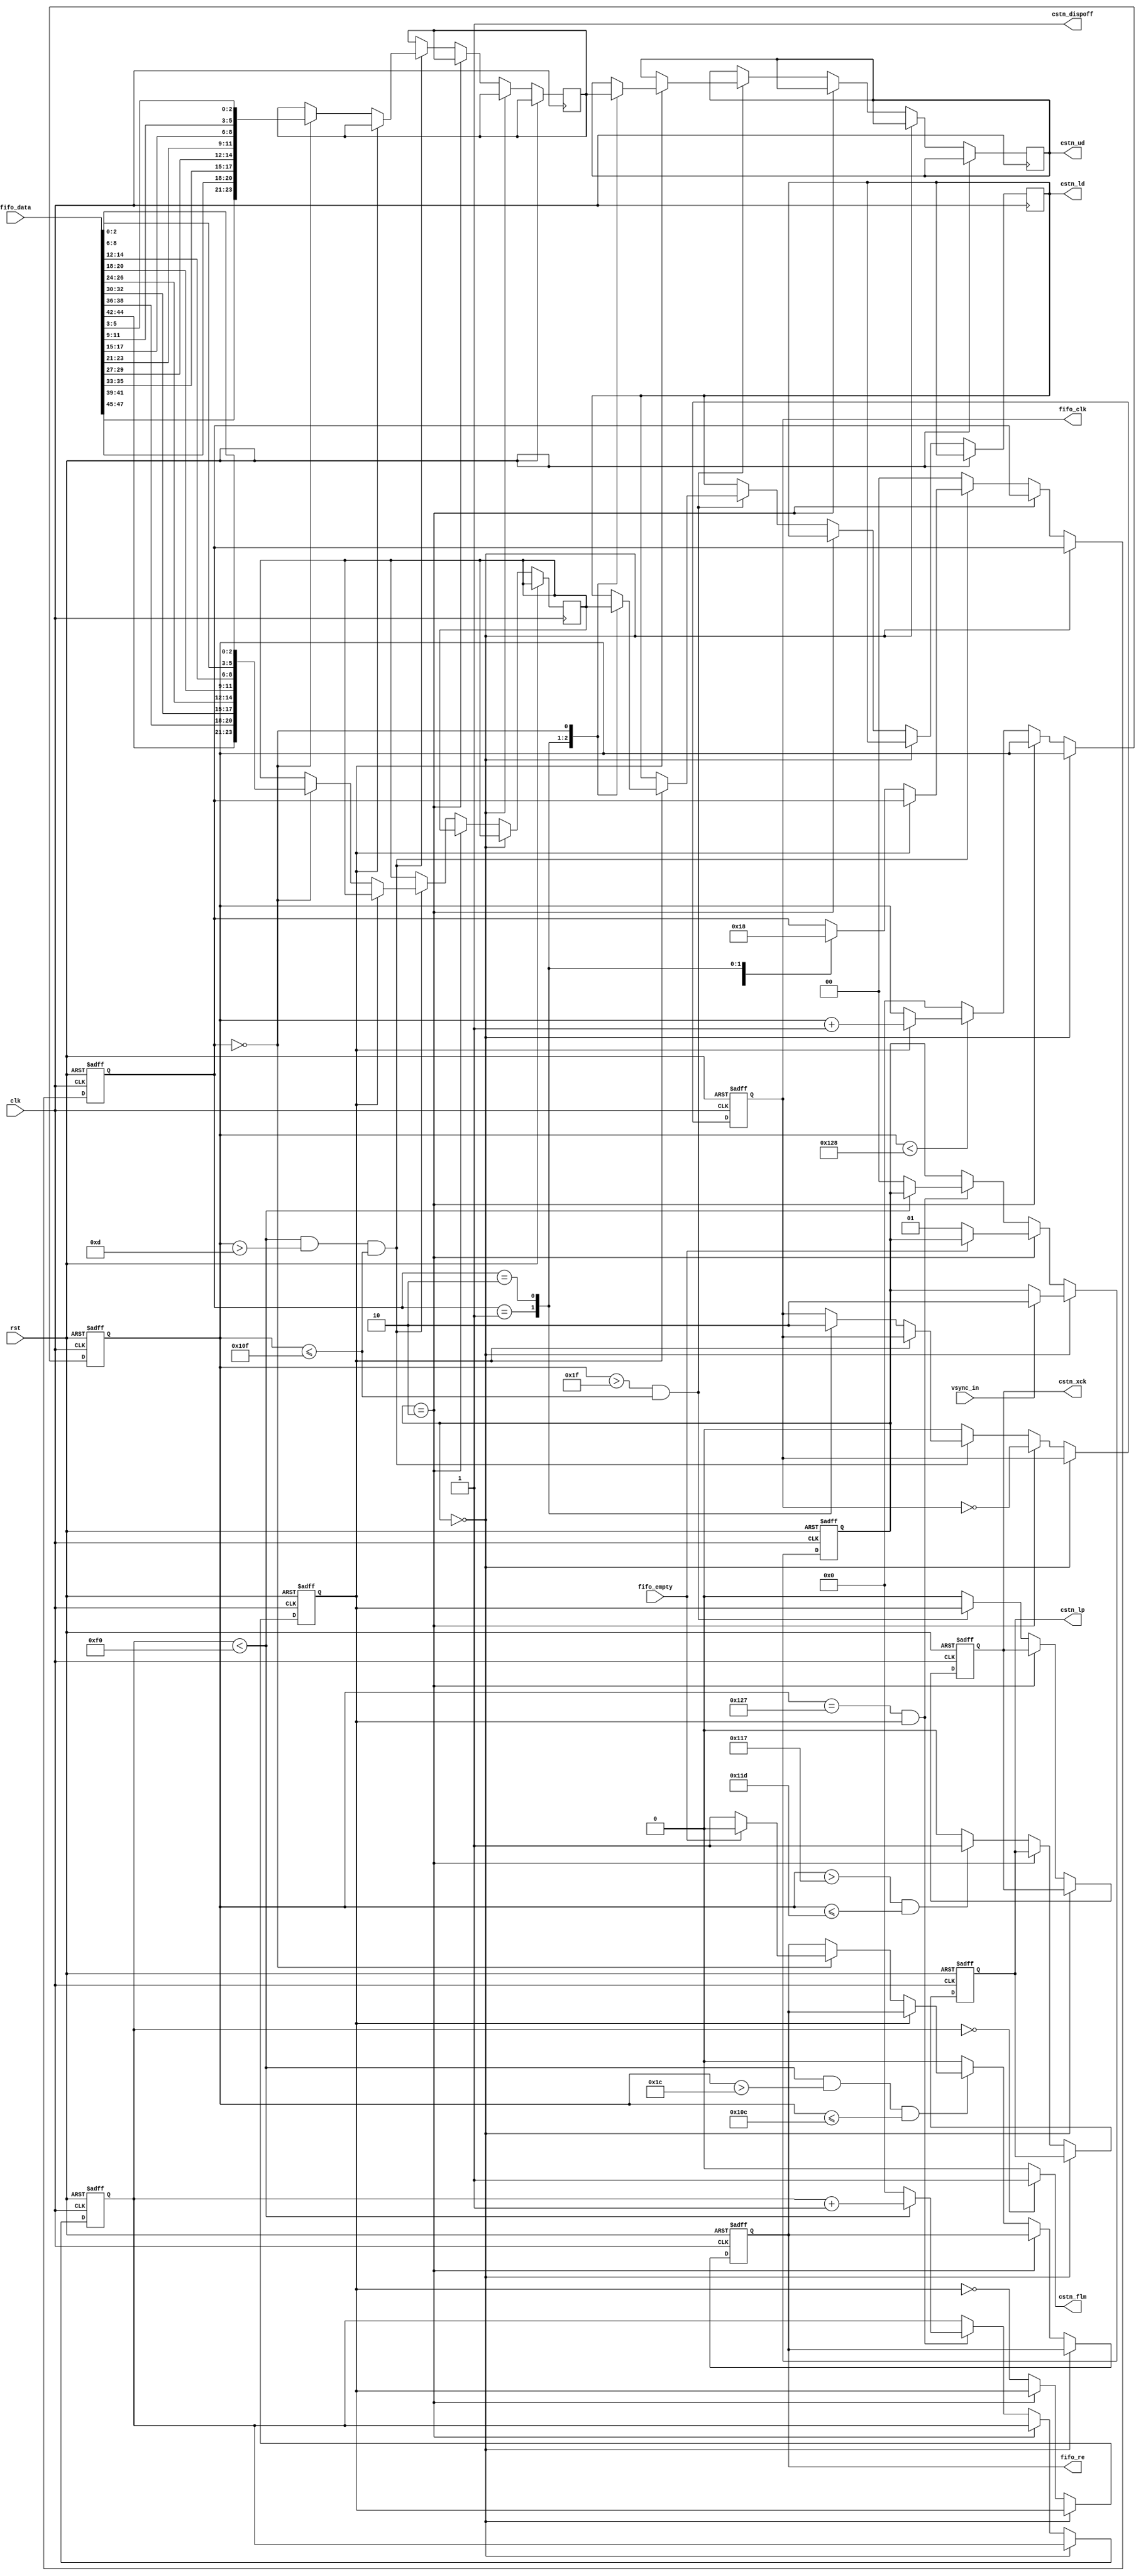
`timescale 1ns / 1ps
//////////////////////////////////////////////////////////////////////////////////
// Company: 
// Engineer: 
// 
// Design Name: 
// Module Name:    lcdc 
// Project Name: 
// Target Devices: 
// Tool versions: 
// Description: 
//
// Dependencies: 
//
// Revision: 
// Revision 0.01 - File Created
// Additional Comments: 
//
//////////////////////////////////////////////////////////////////////////////////
module lcdc(
    input clk,
    input rst,
    output cstn_xck,
    output cstn_flm,
    output cstn_lp,
    output cstn_dispoff,
    output [7:0] cstn_ud,
    output [7:0] cstn_ld,
    output reg fifo_clk,
    input [47:0] fifo_data,
    output reg fifo_re,
    input fifo_empty,
    input vsync_in
    );

    //Horizontal
    parameter H_FRONT   = 31; // Front porch
    parameter H_BACK    = 8;  // Back porch
    parameter H_LP      = 6;  // LP Pulse width
    parameter H_WAIT    = 11; // BP after pulse
    parameter H_ACT     = 240;// Active pixels in clks
    parameter H_TOTAL   = H_FRONT + H_BACK + H_LP + H_WAIT + H_ACT;

    //Vertical
    parameter V_ACT     = 240; // Active lines
    parameter V_BACK    = 1;   // Back porch
    parameter V_TOTAL   = V_ACT + V_BACK;
    
    reg [10:0] h_count;
    reg [10:0] v_count;
    
    wire flm;
    reg lp;
    reg xck;
    reg iclk;
    reg [1:0] div3;
    reg [7:0] ud;
    reg [7:0] ld;
    
    reg [23:0] upper_buffer;
    reg [23:0] lower_buffer;
    
    wire [23:0] fifo_upper_data = {fifo_data[47:45], fifo_data[41:39], fifo_data[35:33], fifo_data[29:27], 
        fifo_data[23:21], fifo_data[17:15], fifo_data[11:9], fifo_data[5:3]};
    wire [23:0] fifo_lower_data = {fifo_data[44:42], fifo_data[38:36], fifo_data[32:30], fifo_data[26:24], 
        fifo_data[20:18], fifo_data[14:12], fifo_data[8:6], fifo_data[2:0]};
    reg [1:0] state; // S0 - idle, wait for sync; S1 - refreshing; S2 - wait for FIFO
    
    assign flm = (v_count == 11'b0) ? 1'b1 : 1'b0;
    
    always @(posedge clk or posedge rst)
    begin
        if(rst)
        begin
            h_count <= 0;
            lp <= 0;
            xck <= 0;
            iclk <= 0;
            v_count <= 0;
            div3 <= 0;
            fifo_clk <= 1'b0;
            fifo_re <= 1'b0;
            state <= 0;
        end
        else
        begin      
            if (state == 2'd0) begin // idle state
                if (vsync_in)
                    state <= 2'd2;
            end else if (state == 2'd2) begin
                if (!fifo_empty)
                    state <= 2'd1;
                fifo_clk <= ~fifo_clk;
            end else begin // refresh state
                iclk <= ~iclk;
            
                // Horizontal Counter
                if(h_count < H_TOTAL) begin
                    if (iclk) begin // second clock
                        h_count <= h_count + 1'b1;
                    end
                end else begin
                    h_count <= 0;
                end
                
                // Div by 3 counter, FIFO read logic
                if ((v_count < V_ACT) && (h_count > (H_FRONT - 18))&&(h_count <= (H_FRONT + H_ACT))) begin
                    
                    if (~iclk) begin // was low, rising edge
                        // Counter
                        case(div3)
                            2'b00: div3 <= 2'b01;
                            2'b01: div3 <= 2'b10;
                            2'b10: div3 <= 2'b00;
                        endcase
                        
                        // Fifo Clock
                        case(div3)
                            2'b01: fifo_clk <= 1'b1;
                            2'b10: fifo_clk <= 1'b0;
                        endcase
                        
                        // Fifo Logic
                        if (div3 == 2'b00) begin
                            upper_buffer <= fifo_upper_data;
                            lower_buffer <= fifo_lower_data;
                        end
                    end
                    
                end else begin
                    div3 <= 0;
                    fifo_clk <= 1'b0;
                end 
                
                // FIFO read enable
                if ((v_count < V_ACT) && (h_count > (H_FRONT - 3))&&(h_count <= (H_FRONT + H_ACT - 3))) begin
                    if (~iclk) begin // rising edge
                        if (div3 == 2'b00) begin
                            if (!fifo_empty) fifo_re <= 1'b1; else fifo_re <= 1'b0;
                        end
                    end
                end else begin
                    fifo_re <= 1'b0;
                end 
                
                // CSTN data bus output logic
                if ((h_count > H_FRONT)&&(h_count <= (H_FRONT + H_ACT))) begin
                    xck <= iclk;
                    if (iclk) begin // was high, falling edge, rising edge of LCD
                        case(div3)
                            2'b01: begin ud <= upper_buffer[23:16]; ld <= lower_buffer[23:16]; end
                            2'b10: begin ud <= upper_buffer[15:8];  ld <= lower_buffer[15:8];  end
                            2'b00: begin ud <= upper_buffer[7:0];   ld <= lower_buffer[7:0];   end
                        endcase
                    end else begin // was low, rising edge
                        // do nothing, FIFO reading might happen at this edge
                    end
                end else begin
                    xck <= 1'b0;
                end
                
                if ((h_count > (H_FRONT + H_ACT + H_BACK))&&(h_count <= (H_FRONT + H_ACT + H_BACK + H_LP))) begin
                    lp <= 1'b1;
                end else begin
                    lp <= 1'b0;
                end
                
                if ((h_count == (H_FRONT + H_ACT + H_BACK + H_LP + H_WAIT - 1))&&(iclk)) begin
                    if ((v_count < (V_TOTAL - 1))) begin
                        v_count <= v_count + 1;
                    end else begin
                        v_count <= 0; 
                        state <= 0;
                    end
                end
            end  // state machine 
        end // reset
    end // always
    
    assign cstn_xck = xck;
    assign cstn_lp = lp;
    assign cstn_flm = flm;
    assign cstn_dispoff = 1'b1;
    assign cstn_ud = ud;
    assign cstn_ld = ld;

endmodule